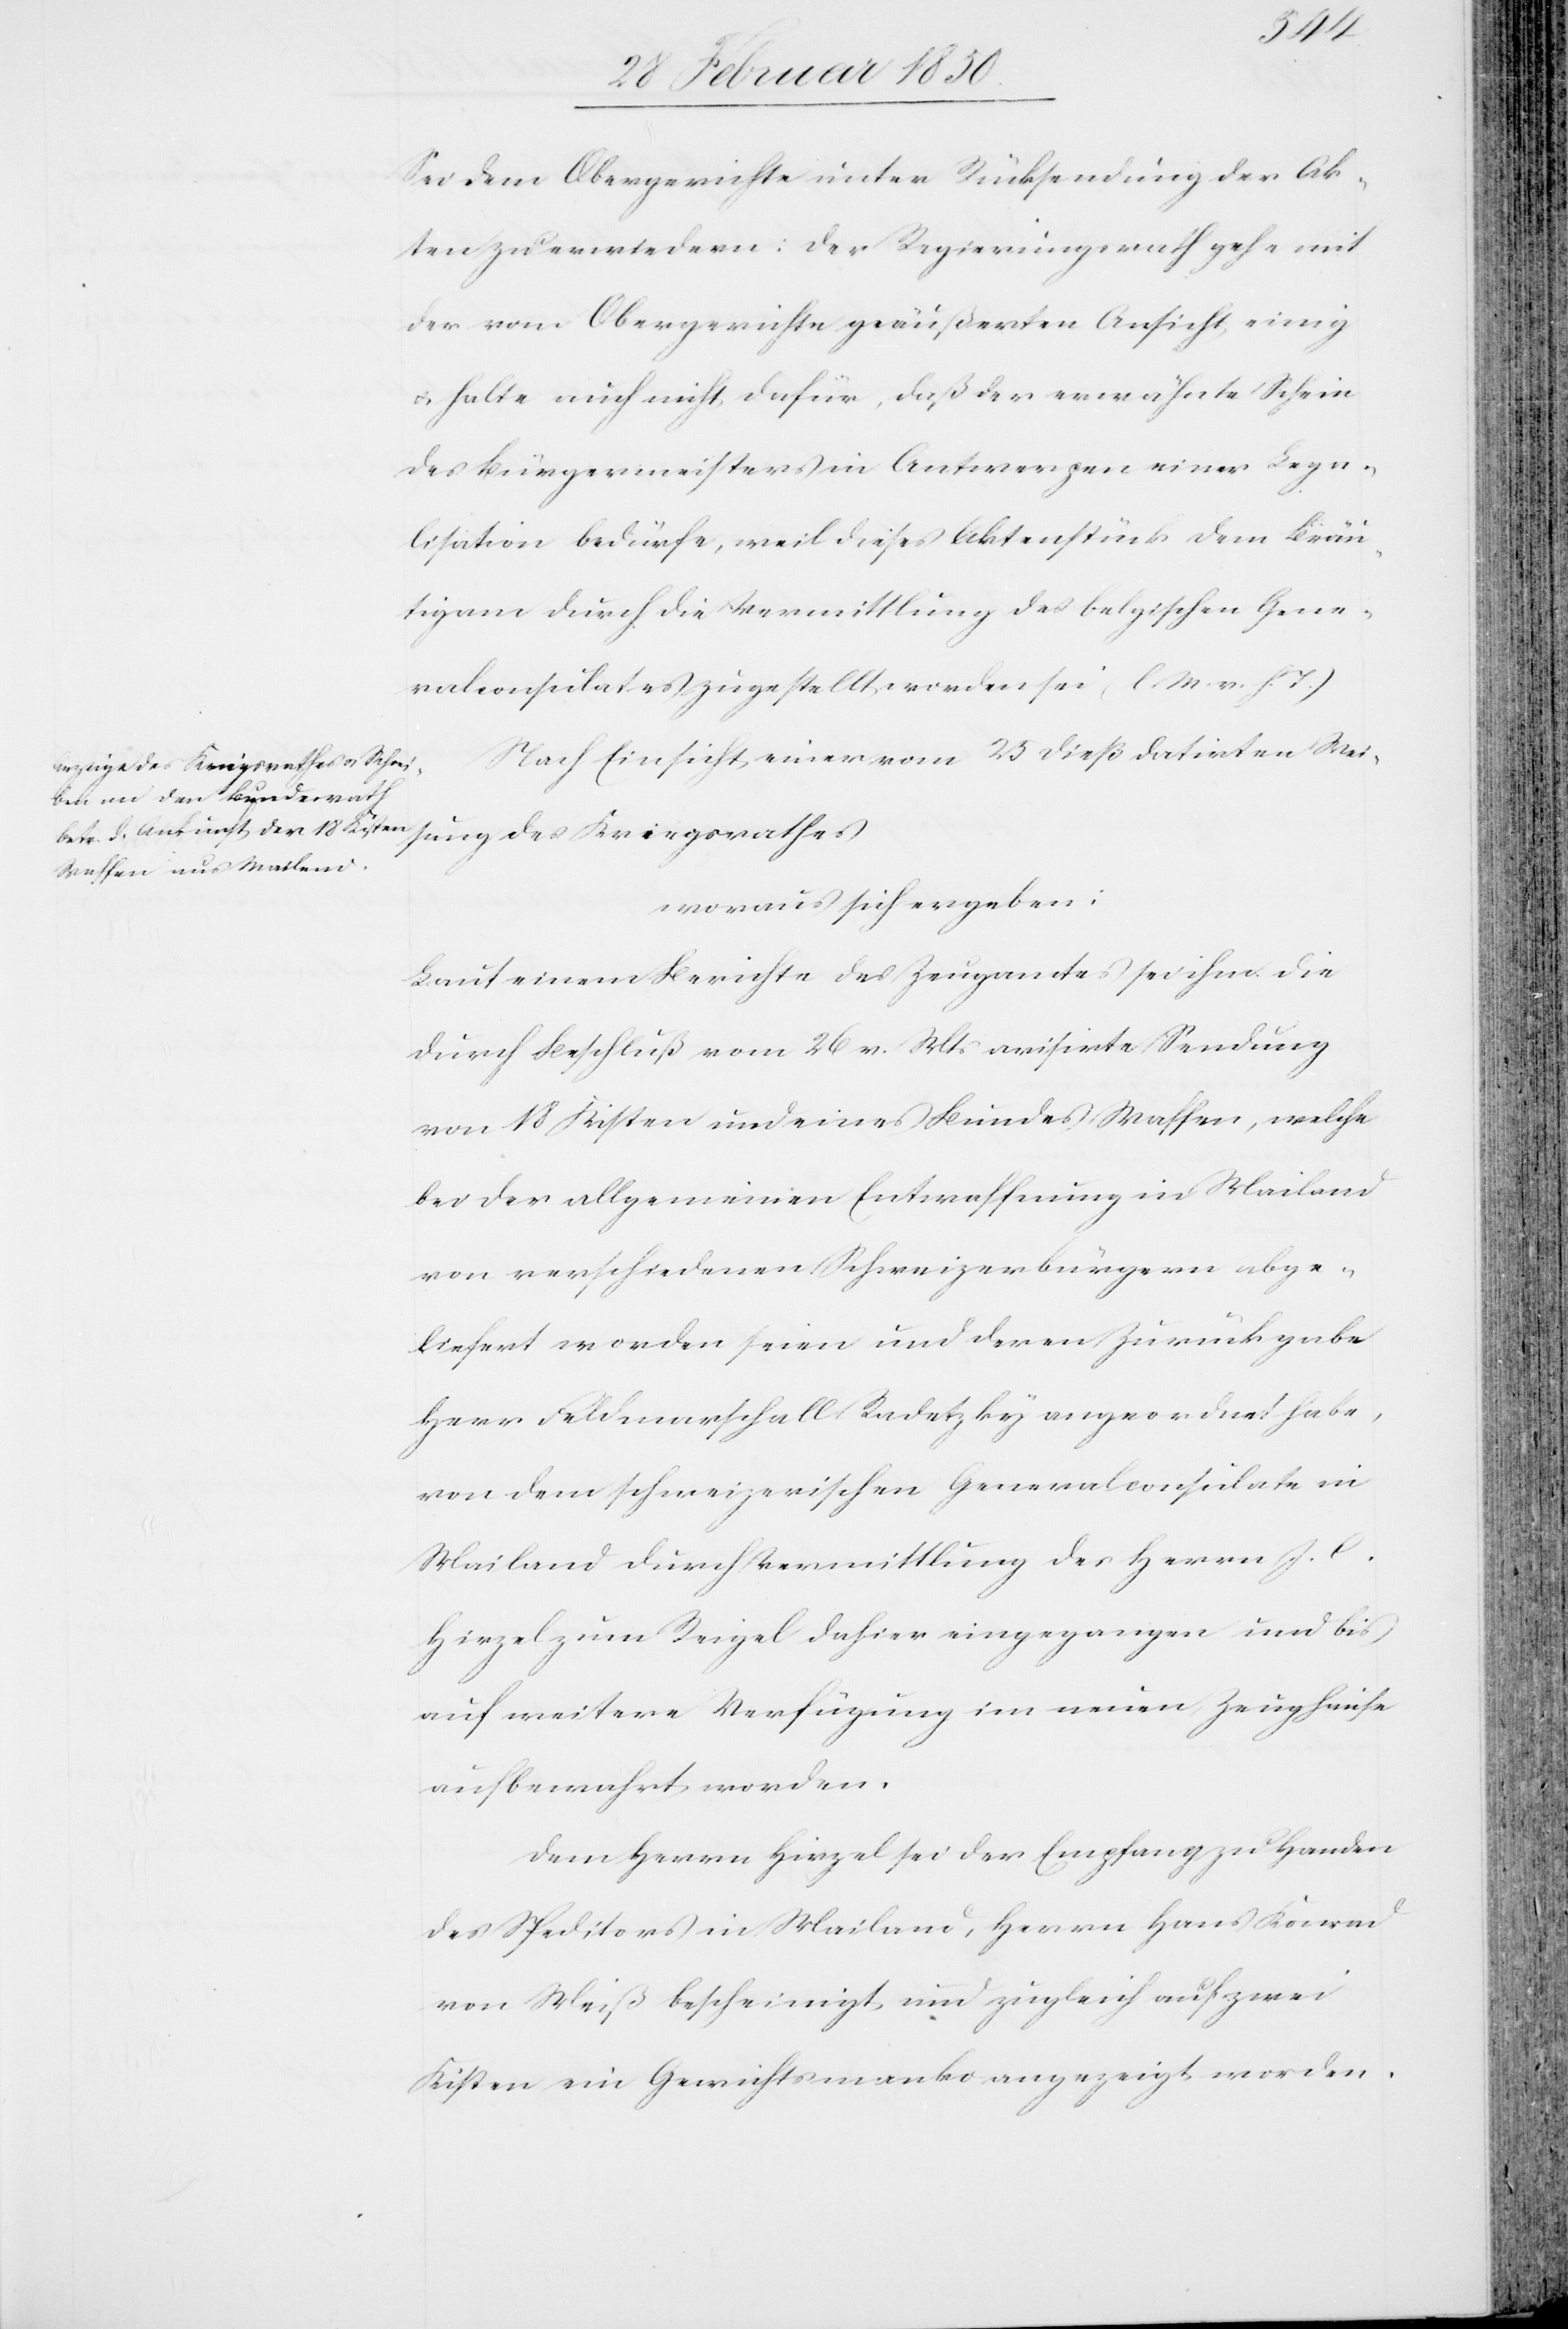
Sei dem Obergerichte unter Rücksendung der Ak¬
ten zu erwiedern: Der Regierungsrath gehe mit
der vom Obergerichte geäußerten Ansicht einig
u. halte auch nicht dafür, daß der erwähnte Schein
des Bürgermeisters in Antwerpen einer Lega¬
lisation bedürfe, weil dieses Aktenstück dem Bräu¬
tigam durch die Vermittlung des belgischen Gene¬
ralconsulates zugestellt worden sei (l. M. v. h. T.)
Nach Einsicht einer vom 25 dieß datirten Weisung
woraus sich ergeben:
Laut einem Berichte des Zeugamtes sei ihm die
durch Beschluß vom 26 v. Mts avisirte Sendung
von 18 Kisten und eines Bundes Waffen, welche
bei der allgemeinen Entwaffnung in Mailand
von verschiedenen Schweizerbürgern abge¬
liefert worden seien und deren Zurückgabe
Herr Feldmarschall Radetzky angeordnet habe,
von dem schweizerischen Generalconsulate in
Mailand durch Vermittlung des Herrn J. C.
Hirzel zum Reigel dahier eingegangen und bis
auf weitere Verfügung im neuen Zeughause
aufbewahrt worden.
Dem Herrn Hirzel sei der Empfang zu Handen
des Speditors in Mailand, Herrn Hans Konrad
von Weiß bescheinigt und zugleich auf zwei
Kisten ein Gewichtsmanko angezeigt worden.